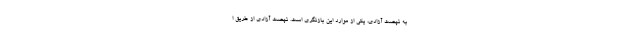
به نهضت آزادی، یکی از موارد این بازنگری است. نهضت آزادی از طریق ا